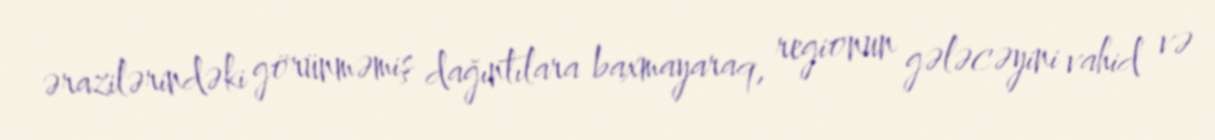
ərazilərindəki görünməmiş dağıntılara baxmayaraq, regionun gələcəyini vahid və